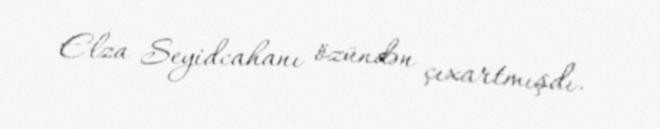
Elza Seyidcahanı özündən çıxartmışdı.